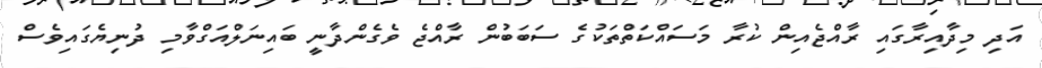
އަދި މިދާއިރާގައި ރާއްޖެއިން ކުރާ މަސައްކަތްތަކުގެ ސަބަބުން ރާއްޖެ ވެގެންދާނީ ބައިނަލްއަގްވާމި ދުނިޔެގައިވެސް